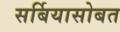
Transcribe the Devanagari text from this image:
सर्बियासोबत